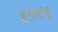
છલ